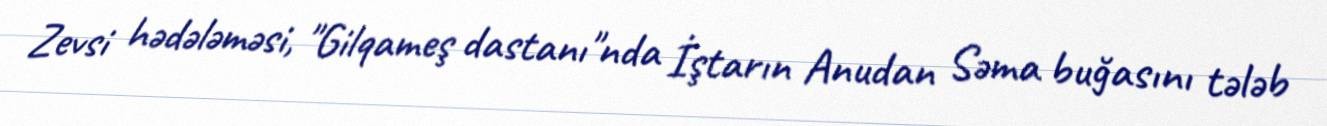
Zevsi hədələməsi, "Gilqameş dastanı"nda İştarın Anudan Səma buğasını tələb